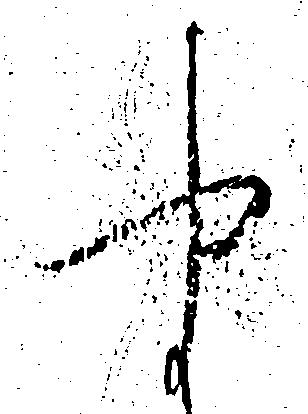
や